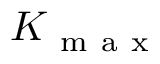
K _ { \mathrm { ~ m ~ a ~ x ~ } }